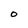
Character: O